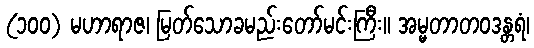
(၁၀၀) မဟာရာဇ၊ မြတ်သောခမည်းတော်မင်းကြီး။ အမ္မတာတဝဒန္တရံ၊